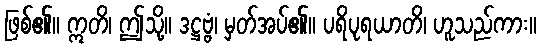
ဖြစ်၏။ ဣတိ၊ ဤသို့။ ဒဋ္ဌဗ္ဗံ၊ မှတ်အပ်၏။ ပရိပုရယာတိ၊ ဟူသည်ကား။